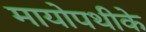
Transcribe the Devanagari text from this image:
मायोपथीके